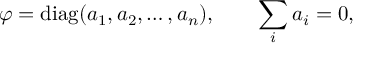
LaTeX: \varphi = \mathrm { d i a g } ( a _ { 1 } , a _ { 2 } , \ldots , a _ { n } ) , \qquad \sum _ { i } a _ { i } = 0 ,